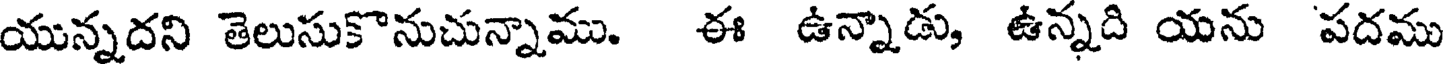
యున్నదని తెలుసుకొనుచున్నాము. ఈ ఉన్నాడు, ఉన్నది యను పదము